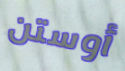
أوستن